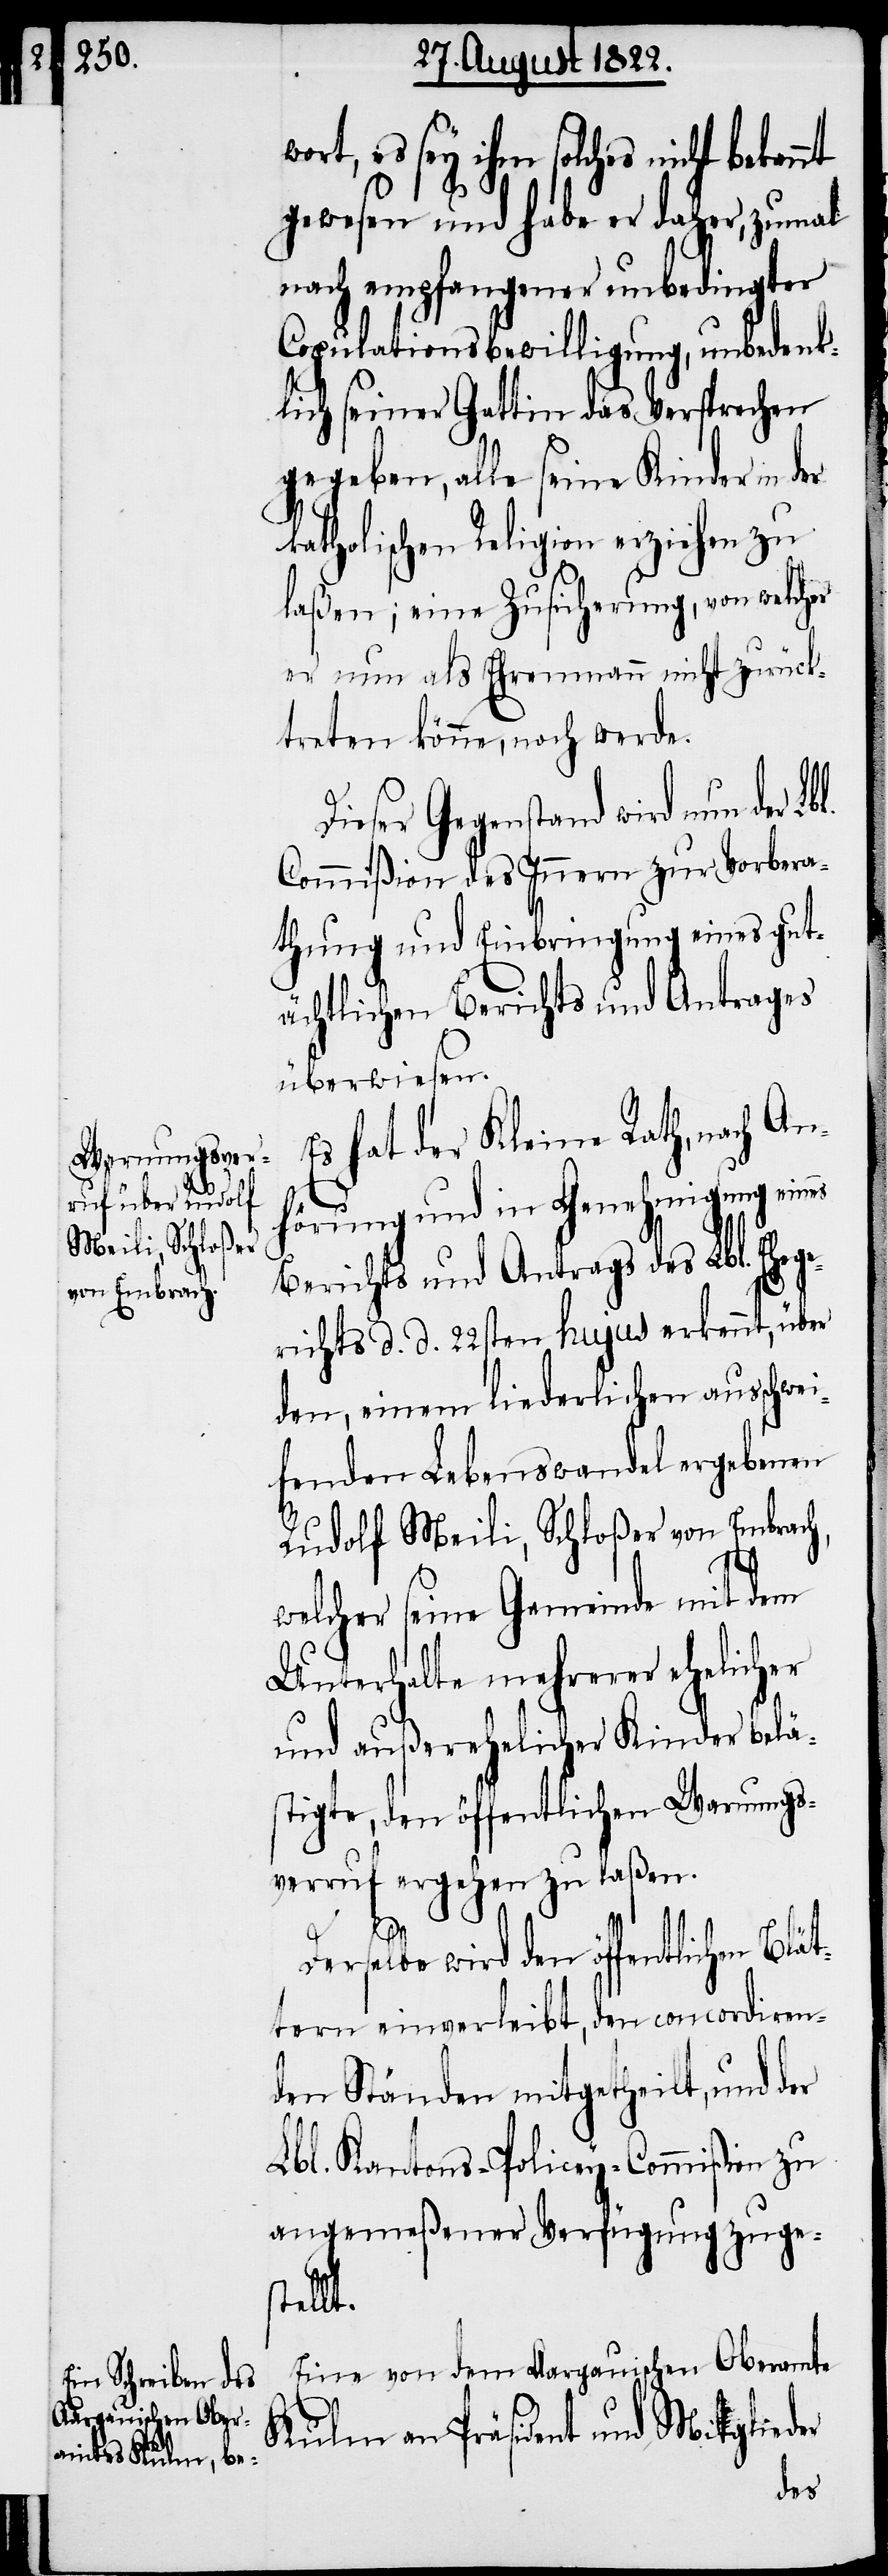
es sey ihm solches nicht bekan¬
gewesen und habe er daher, zumal
nach empfangener unbedingter
Copitulationsbewilligung, unbedenk¬
lich seiner Gattin das Versprechen
gegeben, alle seine Kinder in der
katholischen Religion erziehen zu
laßen; eine Zusicherung, von welcher
er nun als Ehrenmann nicht Zurück¬
treten könne, noch werde.
Dieser Gegenstand wird nun der L¬
Commißion des Innern zur Vorbera¬
thung und Einbringung eines gut¬
ächtlichen Berichts und Antrages
überwiesen.
Es hat der Kleine Rath, nach An¬
hörung und in Genehmigung eines
Berichts und Antrags des Lbl. Ehege¬
richts d. d. 22sten hujus erkennt, über
den, einem liederlichen ausschwei¬
fenden Lebenswandel ergebenen
Rudolf Meili, Schloßer von Embrach,
bl.
welcher seine Gemeinde mit dem
Unterhalte mehrerer ehelicher
und außerehelicher Kinder beläs¬
tigte, den öffentlichen Warnungs¬
verruf ergehen zu laßen.
Derselbe wird den öffentlichen Blät¬
tern einverleibt, den concordiren¬
den Ständen mitgetheilt, und der
Lbl. Kantons-Policey-Commißion zu
angemeßener Verfügung zuges¬
tellt.
Eine von dem Aargauischen Oberamte
Kulm an Präsident und Mitglieder